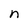
Character: n